Scottish Certificate of Education, 1962
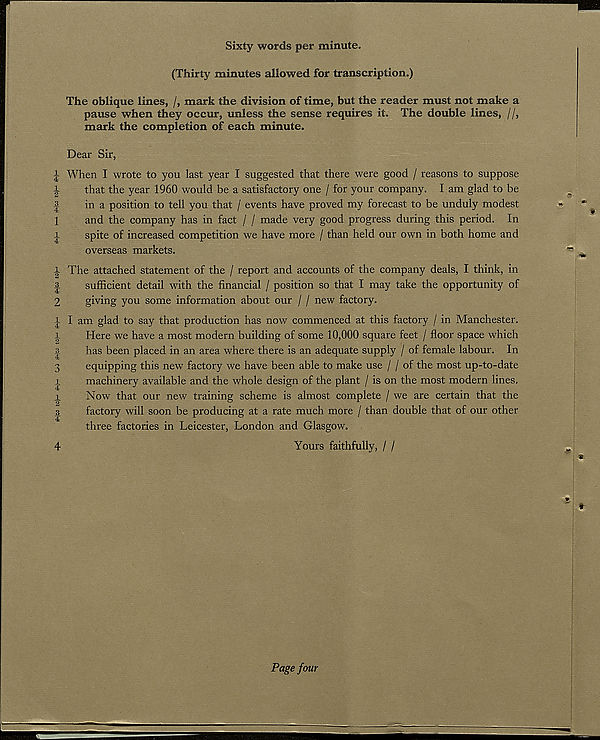
t fHCO tOjM tHM CO rf^lw tOlH* (Hm to rf^lw tO| M
(f-[M H—^ rf^| co toH
Sixty words per minute.
(Thirty minutes allowed for transcription.)
The oblique lines, /, mark the division of time, but the reader must not make a
pause when they occur, unless the sense requires it. The double lines, //,
mark the completion of each minute.
Dear Sir,
When I wrote to you last year I suggested that there were good / reasons to suppose
that the year 1960 would be a satisfactory one / for your company. I am glad to be
in a position to tell you that / events have proved my forecast to be unduly modest
and the company has in fact / / made very good progress during this period. In
spite of increased competition we have more / than held our own in both home and
overseas markets.
The attached statement of the / report and accounts of the company deals, I think, in
sufficient detail with the financial / position so that I may take the opportunity of
giving you some information about our / / new factory.
I am glad to say that production has now commenced at this factory / in Manchester.
Here we have a most modern building of some 10,000 square feet / floor space which
has been placed in an area where there is an adequate supply / of female labour. In
equipping this new factory we have been able to make use / / of the most up-to-date
machinery available and the whole design of the plant / is on the most modern lines.
Now that our new training scheme is almost complete / we are certain that the
factory will soon be producing at a rate much more / than double that of our other
three factories in Leicester, London and Glasgow.
4
Yours faithfully, / /
Page four